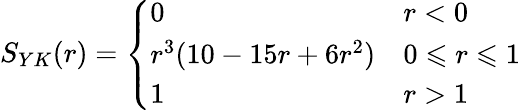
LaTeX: S_{YK}(r)=\left\{ \begin{array}{ll}{0}&{r<0}\\ {r^{3}(10-15r+6r^{2})}&{0\leqslant r\leqslant 1}\\ {1}&{r>1}\end{array}\right.